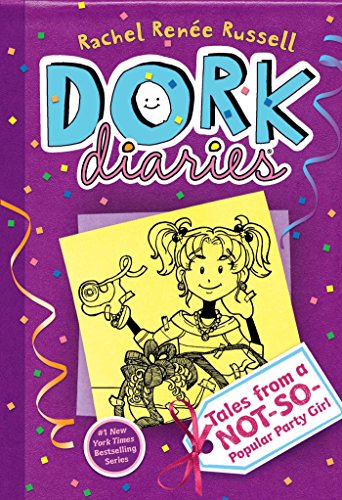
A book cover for Dork Diaries: Tales from a Not-So-Popular Party Girl; Rachel RenÃ©e Russell; Children's Books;